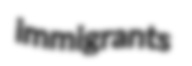
immigrants